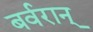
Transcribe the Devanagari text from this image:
बर्वरान्